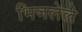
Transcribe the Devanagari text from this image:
भिजलेले